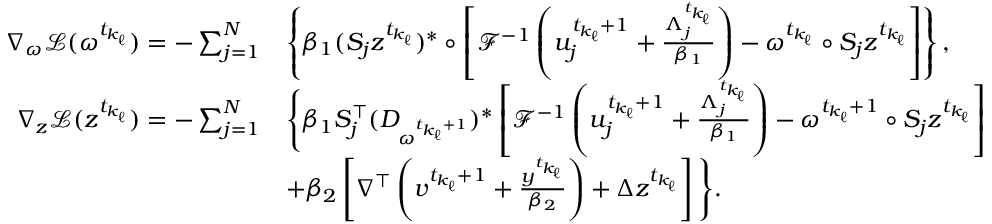
\begin{array} { r l } { \nabla _ { \omega } \mathcal { L } ( \omega ^ { t _ { k _ { \ell } } } ) = - \sum _ { j = 1 } ^ { N } } & { \left\{ \beta _ { 1 } ( S _ { j } z ^ { t _ { k _ { \ell } } } ) ^ { * } \circ \left[ \mathcal { F } ^ { - 1 } \left( u _ { j } ^ { { t _ { k _ { \ell } } } + 1 } + \frac { \Lambda _ { j } ^ { t _ { k _ { \ell } } } } { \beta _ { 1 } } \right) - \omega ^ { t _ { k _ { \ell } } } \circ S _ { j } z ^ { t _ { k _ { \ell } } } \right] \right\} , } \\ { \nabla _ { z } \mathcal { L } ( z ^ { t _ { k _ { \ell } } } ) = - \sum _ { j = 1 } ^ { N } } & { \Bigg \{ \beta _ { 1 } S _ { j } ^ { \top } ( D _ { \omega ^ { t _ { k _ { \ell } } + 1 } } ) ^ { * } \left[ \mathcal { F } ^ { - 1 } \left( u _ { j } ^ { t _ { k _ { \ell } } + 1 } + \frac { \Lambda _ { j } ^ { t _ { k _ { \ell } } } } { \beta _ { 1 } } \right) - \omega ^ { t _ { k _ { \ell } } + 1 } \circ S _ { j } z ^ { t _ { k _ { \ell } } } \right] } \\ & { + \beta _ { 2 } \left[ \nabla ^ { \top } \left( v ^ { t _ { k _ { \ell } } + 1 } + \frac { y ^ { t _ { k _ { \ell } } } } { \beta _ { 2 } } \right) + \Delta z ^ { t _ { k _ { \ell } } } \right] \Bigg \} . } \end{array}